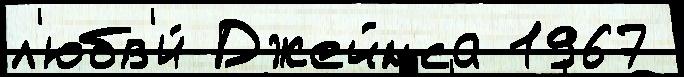
л'юбв'и́ Джеймса 1967